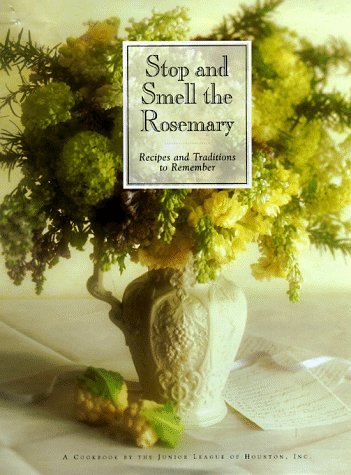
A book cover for Stop and Smell the Rosemary: Recipes and Traditions to Remember; Junior League of Houston; Cookbooks, Food & Wine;